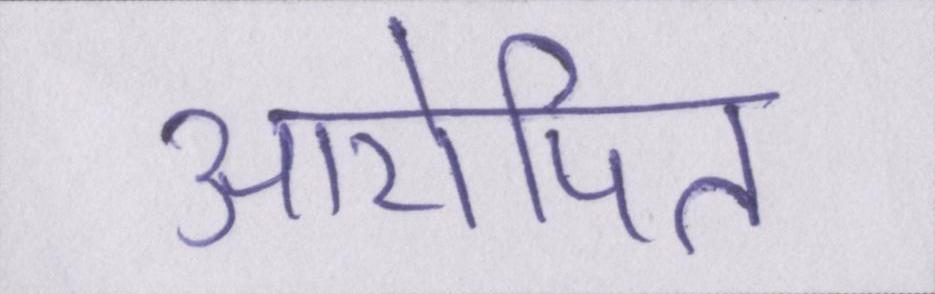
आरोपित